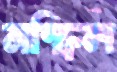
নস্ফিল